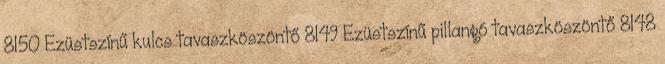
8150 Ezüstszínű kulcs tavaszköszöntő 8149 Ezüstszínű pillangó tavaszköszöntő 8148